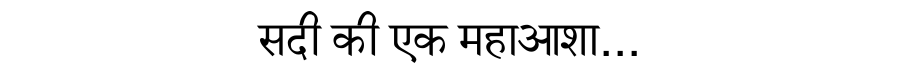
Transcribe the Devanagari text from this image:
सदी की एक महाआशा...